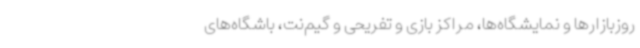
روزبازارها و نمایشگاه‌ها، مراکز بازی و تفریحی و گیم‌نت، باشگاه‌های